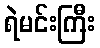
ရဲမင်းကြီး